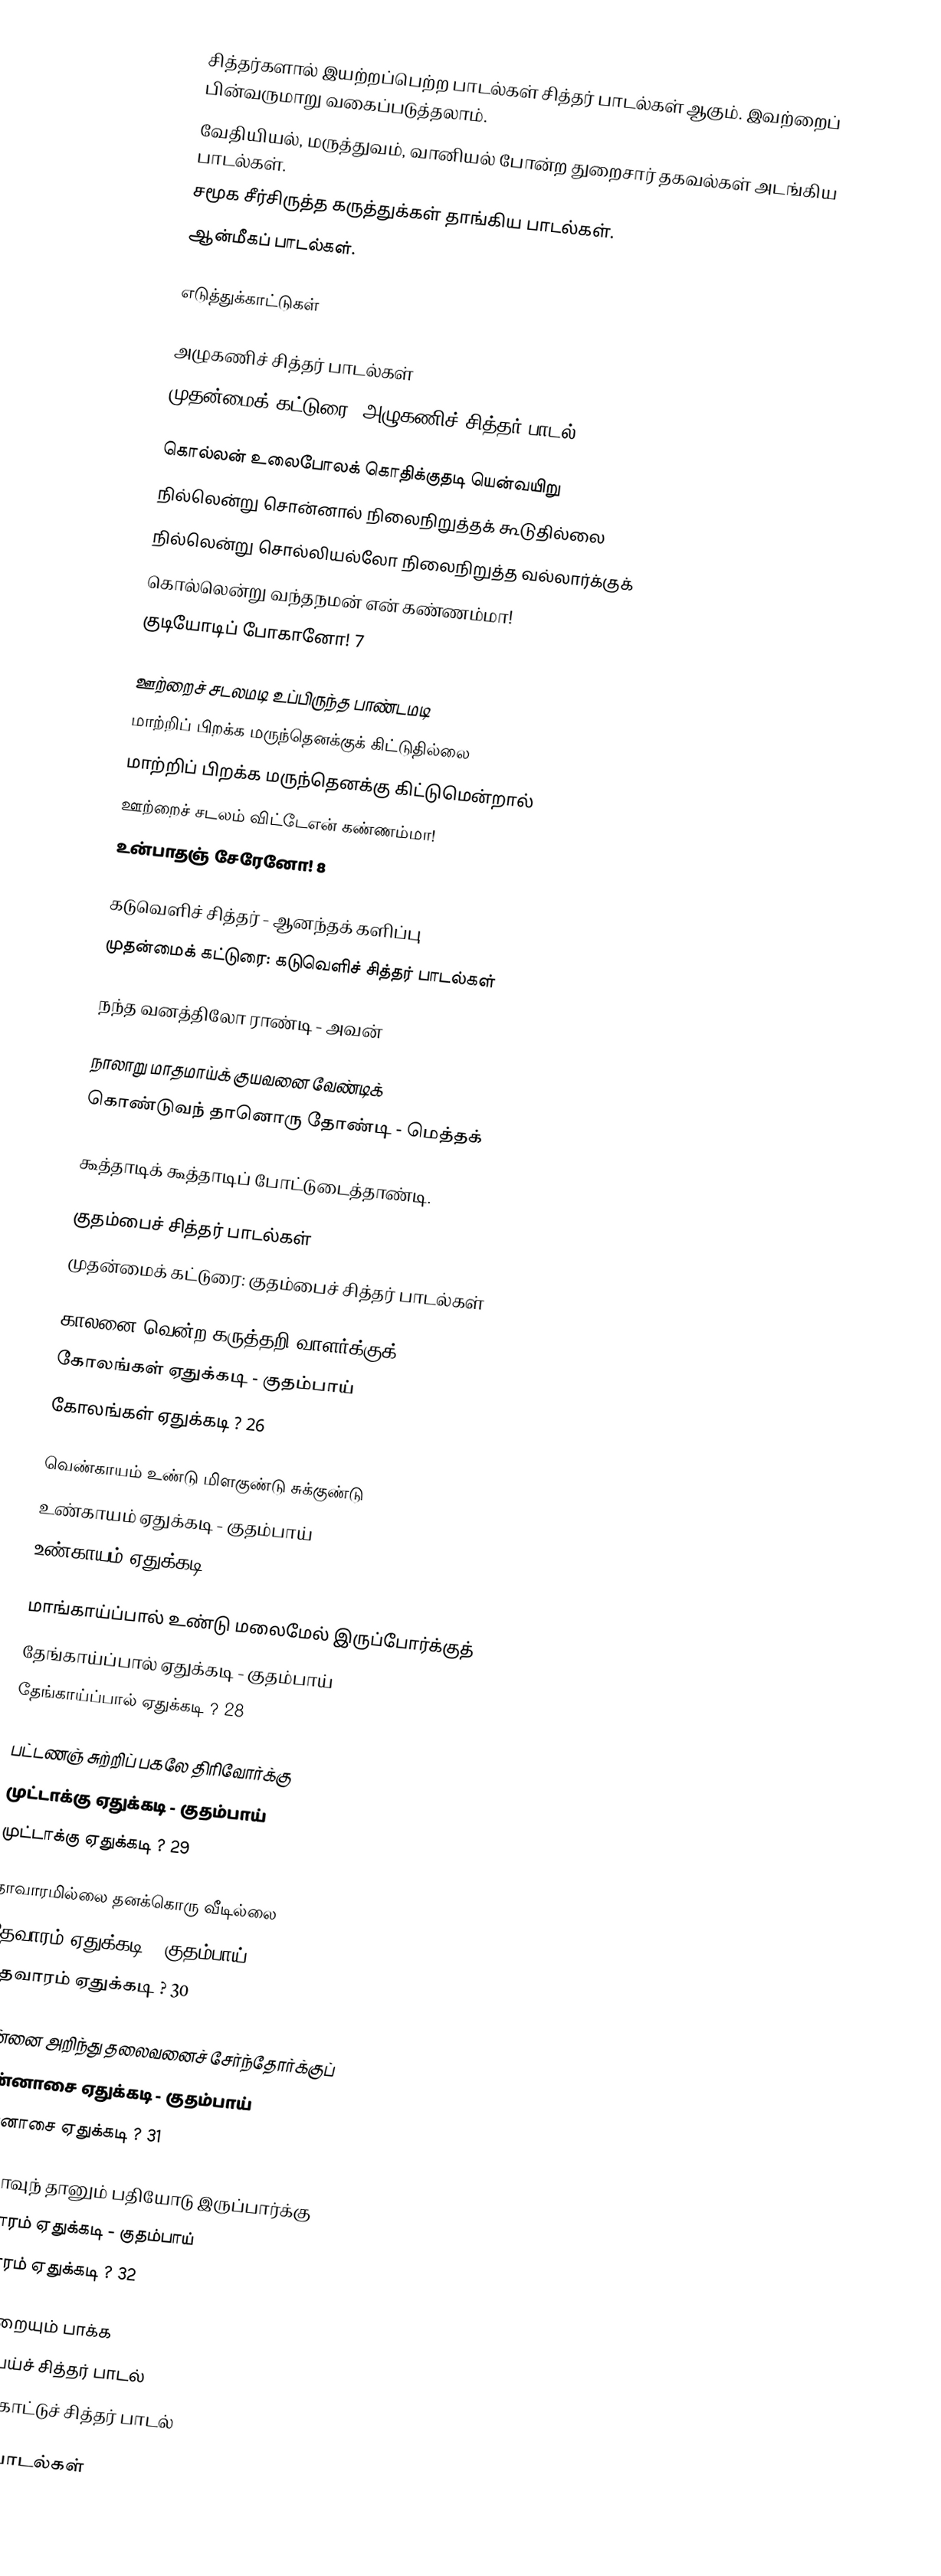
சித்தர்களால் இயற்றப்பெற்ற பாடல்கள் சித்தர் பாடல்கள் ஆகும்.  இவற்றைப் பின்வருமாறு வகைப்படுத்தலாம்.
 வேதியியல், மருத்துவம், வானியல் போன்ற துறைசார் தகவல்கள் அடங்கிய பாடல்கள்.
 சமூக சீர்சிருத்த கருத்துக்கள் தாங்கிய பாடல்கள்.
 ஆன்மீகப் பாடல்கள்.

எடுத்துக்காட்டுகள்

அழுகணிச் சித்தர் பாடல்கள்
முதன்மைக் கட்டுரை: அழுகணிச் சித்தர் பாடல்

கொல்லன் உலைபோலக் கொதிக்குதடி யென்வயிறு
நில்லென்று சொன்னால் நிலைநிறுத்தக் கூடுதில்லை
நில்லென்று சொல்லியல்லோ நிலைநிறுத்த வல்லார்க்குக்
கொல்லென்று வந்தநமன் என் கண்ணம்மா!
குடியோடிப் போகானோ! 7

ஊற்றைச் சடலமடி உப்பிருந்த பாண்டமடி
மாற்றிப் பிறக்க மருந்தெனக்குக் கிட்டுதில்லை
மாற்றிப் பிறக்க மருந்தெனக்கு கிட்டுமென்றால்
ஊற்றைச் சடலம் விட்டேஎன் கண்ணம்மா!
உன்பாதஞ் சேரேனோ! 8

கடுவெளிச் சித்தர் - ஆனந்தக் களிப்பு
முதன்மைக் கட்டுரை: கடுவெளிச் சித்தர் பாடல்கள்

நந்த வனத்திலோ ராண்டி - அவன்

நாலாறு மாதமாய்க் குயவனை வேண்டிக்
கொண்டுவந் தானொரு தோண்டி - மெத்தக்

கூத்தாடிக் கூத்தாடிப் போட்டுடைத்தாண்டி.

குதம்பைச் சித்தர் பாடல்கள்
முதன்மைக் கட்டுரை: குதம்பைச் சித்தர் பாடல்கள்

காலனை வென்ற கருத்தறி வாளர்க்குக்
  கோலங்கள் ஏதுக்கடி - குதம்பாய்
  கோலங்கள் ஏதுக்கடி ? 26

வெண்காயம் உண்டு மிளகுண்டு சுக்குண்டு
  உண்காயம் ஏதுக்கடி - குதம்பாய்
  உண்காயம் ஏதுக்கடி ? 27

மாங்காய்ப்பால் உண்டு மலைமேல் இருப்போர்க்குத்
  தேங்காய்ப்பால் ஏதுக்கடி - குதம்பாய்
  தேங்காய்ப்பால் ஏதுக்கடி ? 28

பட்டணஞ் சுற்றிப் பகலே திரிவோர்க்கு
  முட்டாக்கு ஏதுக்கடி - குதம்பாய்
  முட்டாக்கு ஏதுக்கடி ? 29

தாவாரமில்லை தனக்கொரு வீடில்லை
  தேவாரம் ஏதுக்கடி - குதம்பாய்
  தேவாரம் ஏதுக்கடி ? 30

தன்னை அறிந்து தலைவனைச் சேர்ந்தோர்க்குப்
  பின்னாசை ஏதுக்கடி - குதம்பாய்
  பின்னாசை ஏதுக்கடி ? 31

பத்தாவுந் தானும் பதியோடு இருப்பார்க்கு
  உத்தாரம் ஏதுக்கடி - குதம்பாய்
  உத்தாரம் ஏதுக்கடி ? 32

இவற்றையும் பாக்க
 அகப்பேய்ச் சித்தர் பாடல்
 இடைக்காட்டுச் சித்தர் பாடல்

சித்தர் பாடல்கள்